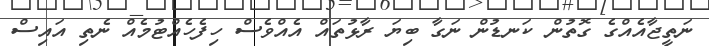
ނަތީޖާއެއްގެ ގޮތުން ކަނޑުން ނަގާ ބިޔަ ރާޅުތައް އެއްވެސް ހިފެހެއްޓުމެއް ނެތި އައިސް